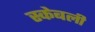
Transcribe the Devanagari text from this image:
स्केबली